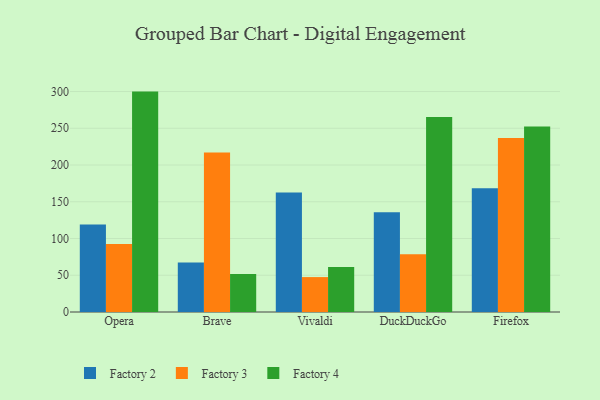
{"axis": {"x": "Browser", "y": "Headcount"}, "legend": ["Factory 2", "Factory 3", "Factory 4"], "data": [{"x": "Opera", "y": 119.1, "type": "Factory 2"}, {"x": "Opera", "y": 92.6, "type": "Factory 3"}, {"x": "Opera", "y": 299.9, "type": "Factory 4"}, {"x": "Brave", "y": 67.3, "type": "Factory 2"}, {"x": "Brave", "y": 217.2, "type": "Factory 3"}, {"x": "Brave", "y": 51.7, "type": "Factory 4"}, {"x": "Vivaldi", "y": 162.5, "type": "Factory 2"}, {"x": "Vivaldi", "y": 47.5, "type": "Factory 3"}, {"x": "Vivaldi", "y": 61.2, "type": "Factory 4"}, {"x": "DuckDuckGo", "y": 135.8, "type": "Factory 2"}, {"x": "DuckDuckGo", "y": 78.6, "type": "Factory 3"}, {"x": "DuckDuckGo", "y": 265.3, "type": "Factory 4"}, {"x": "Firefox", "y": 168.4, "type": "Factory 2"}, {"x": "Firefox", "y": 236.9, "type": "Factory 3"}, {"x": "Firefox", "y": 252.4, "type": "Factory 4"}]}